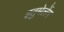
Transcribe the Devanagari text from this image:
इतुमेलेंग